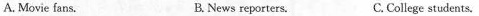
A. Movie fans. B. News reporters. C .College students.